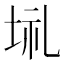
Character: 𡋀